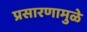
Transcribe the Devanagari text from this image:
प्रसारणामुळे